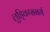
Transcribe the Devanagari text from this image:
लुड्विग्सबर्ग